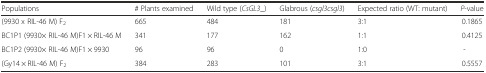
<table><thead><tr><td><b>Populations</b></td><td><b># Plants examined</b></td><td><b>Wild type (<i>CsGL3</i>_)</b></td><td><b>Glabrous (<i>csgl3csgl3</i>)</b></td><td><b>Expected ratio (WT: mutant)</b></td><td><b><i>P</i>-value</b></td></tr></thead><tbody><tr><td>(9930 x RIL-46 M) F<sub>2</sub></td><td>665</td><td>484</td><td>181</td><td>3:1</td><td>0.1865</td></tr><tr><td>BC1P1 (9930× RIL-46 M)F1 × RIL-46 M</td><td>341</td><td>177</td><td>162</td><td>1:1</td><td>0.4125</td></tr><tr><td>BC1P2 (9930× RIL-46 M)F1 × 9930</td><td>96</td><td>96</td><td>0</td><td>1:0</td><td>-</td></tr><tr><td>(Gy14 × RIL-46 M) F<sub>2</sub></td><td>384</td><td>283</td><td>101</td><td>3:1</td><td>0.5557</td></tr></tbody></table>